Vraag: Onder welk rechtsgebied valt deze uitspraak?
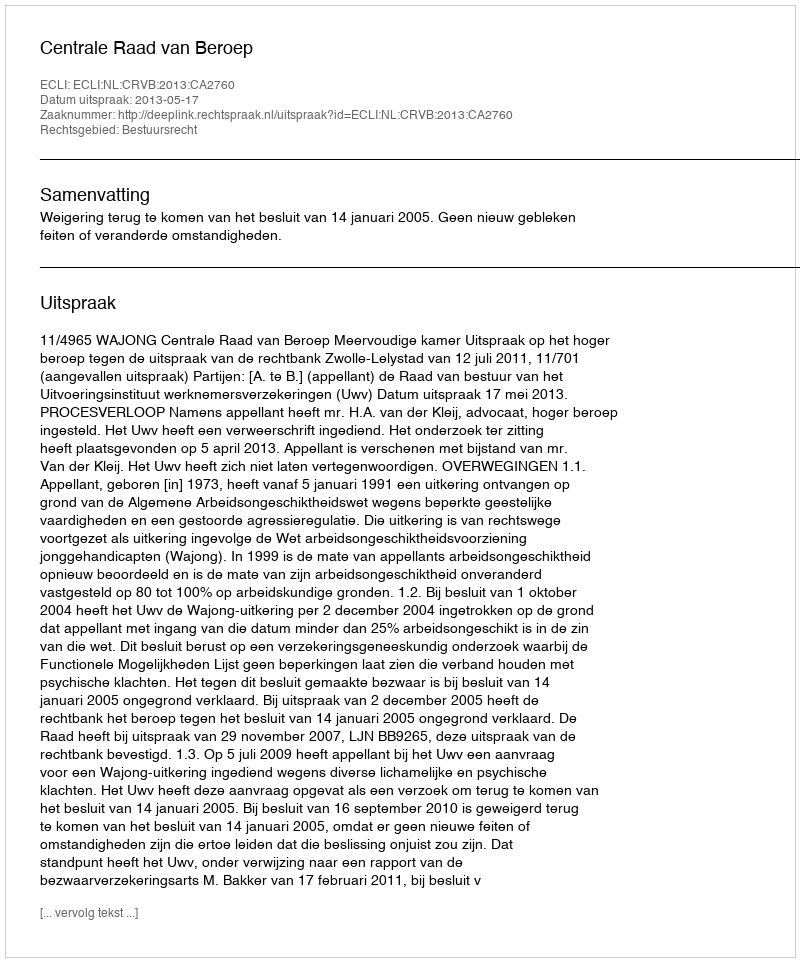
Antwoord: Bestuursrecht